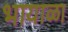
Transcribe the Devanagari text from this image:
भायाळा